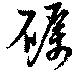
礪